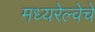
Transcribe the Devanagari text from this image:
मध्यरेल्वेचे